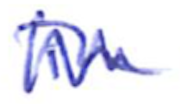
Text: in
Cross-out: mix
Writing tool: ballpoint